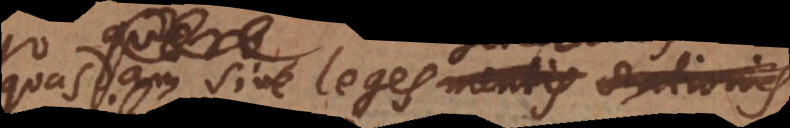
quasdam sive leges mentis rationis,